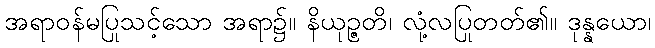
အရာဝန်မပြုသင့်သော အရာ၌။ နိယုဉ္ဇတိ၊ လုံ့လပြုတတ်၏။ ဒုန္နယော၊